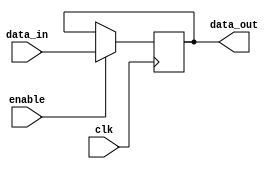
module transparent_latch (
    input wire clk,
    input wire enable,
    input wire data_in,
    output reg data_out
);

always @(posedge clk) begin
    if (enable) begin
        data_out <= data_in;
    end
end

endmodule